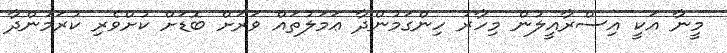
މީނާ އަކީ އިސްރާއީލުން މިހާރު ހިންގަމުންދާ ޢަމަލުތައް ވަރަށް ބޮޑަށް ކުށްވެރި ކުރަމުންދާ